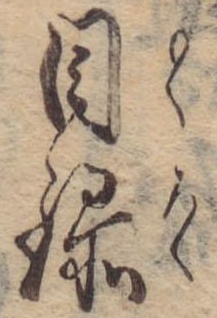
目録